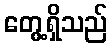
တွေ့ရှိသည်